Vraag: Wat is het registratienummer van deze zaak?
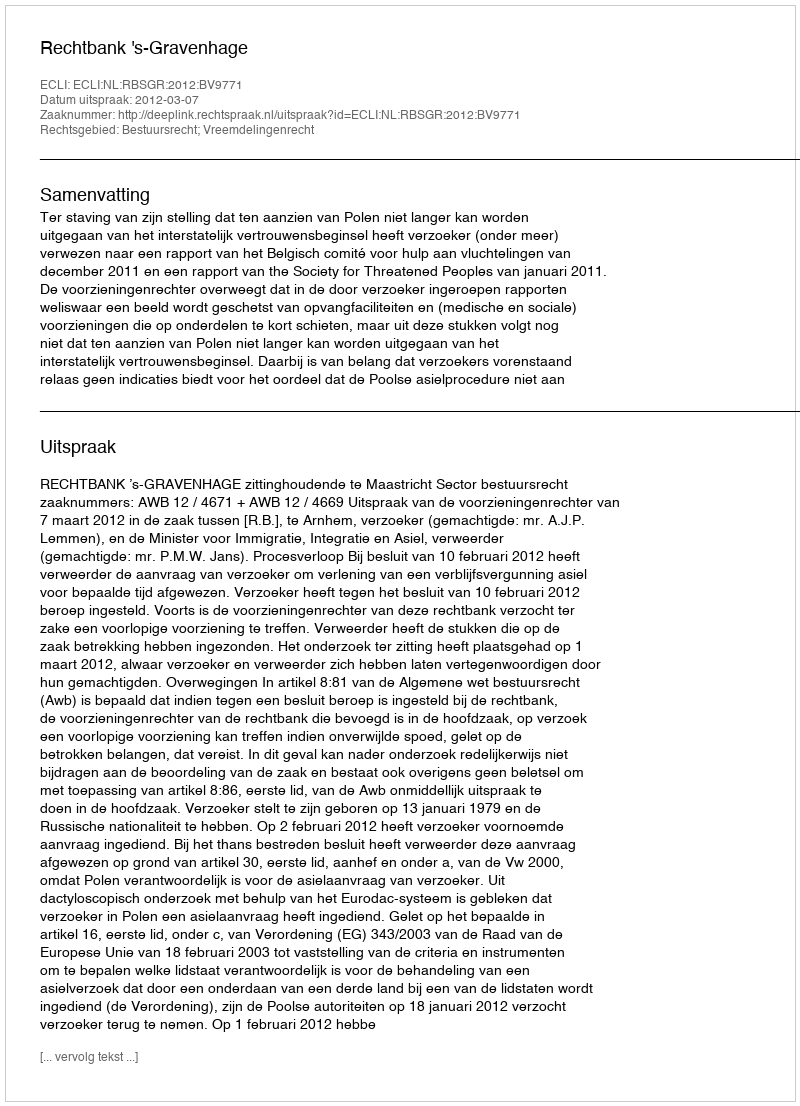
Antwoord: http://deeplink.rechtspraak.nl/uitspraak?id=ECLI:NL:RBSGR:2012:BV9771